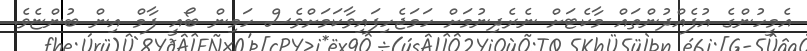
އެމީހުންގެ އުފެއްދުންތައް މާކެޓަށް ނެރެދިނުމަށް ހަމަޖެހިފައިވާކަމަށްވެސް ހަމިން ބޯއީ ފާމް އިން ބުންޏެވެ.